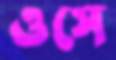
ওসে